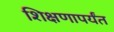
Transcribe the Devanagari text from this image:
शिक्षणापर्यंत